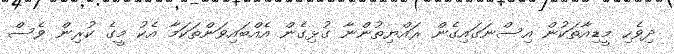
ދިވެހި މީޑިއާތަކުން އިސްނަގައިގެން ރައްޔިތުންނާ ގުޅިގެން އެއްބައިވަންތަކަމާ އެކު މީގެ ކުރިން ވެސް